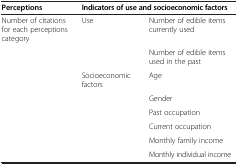
| Perceptions | <COLSPAN=2> Indicators of use and socioeconomic factors |
 | --- | --- | --- |
 | Number of citations for each perceptions category | Use | Number of edible items currently used |
 |  |  | Number of edible items used in the past |
 |  | Socioeconomic factors | Age |
 |  |  | Gender |
 |  |  | Past occupation |
 |  |  | Current occupation |
 |  |  | Monthly family income |
 |  |  | Monthly individual income |